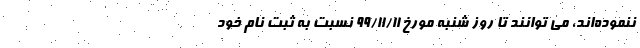
ننموده‌اند، می توانند تا روز شنبه مورخ ۹۹/۱۱/۱۱ نسبت به ثبت نام خود